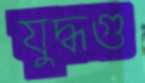
যুদ্ধগু